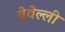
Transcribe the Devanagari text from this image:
बेवेल्ली